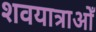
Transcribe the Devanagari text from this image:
शवयात्राओँ